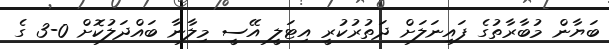
ބަޔާން މުބާރާތުގެ ފައިނަލަށް ދަތުރުކުރީ އިޓަލީ އޭސީ މިލާނާ ބައްދަލުކޮށް 0-3 ގެ